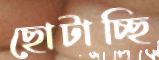
ছোটাচ্ছি